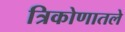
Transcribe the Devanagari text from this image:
त्रिकोणातले